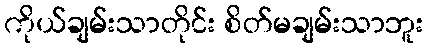
ကိုယ်ချမ်းသာတိုင်း စိတ်မချမ်းသာဘူး